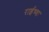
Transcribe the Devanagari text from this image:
राईच्या